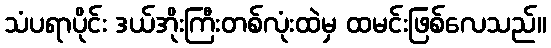
သံပရာပိုင်း ဒယ်အိုးကြီးတစ်လုံးထဲမှ ထမင်းဖြစ်လေသည်။